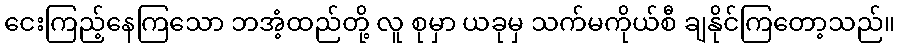
ငေးကြည့်နေကြသော ဘအံ့ထည်တို့ လူ စုမှာ ယခုမှ သက်မကိုယ်စီ ချနိုင်ကြတော့သည်။